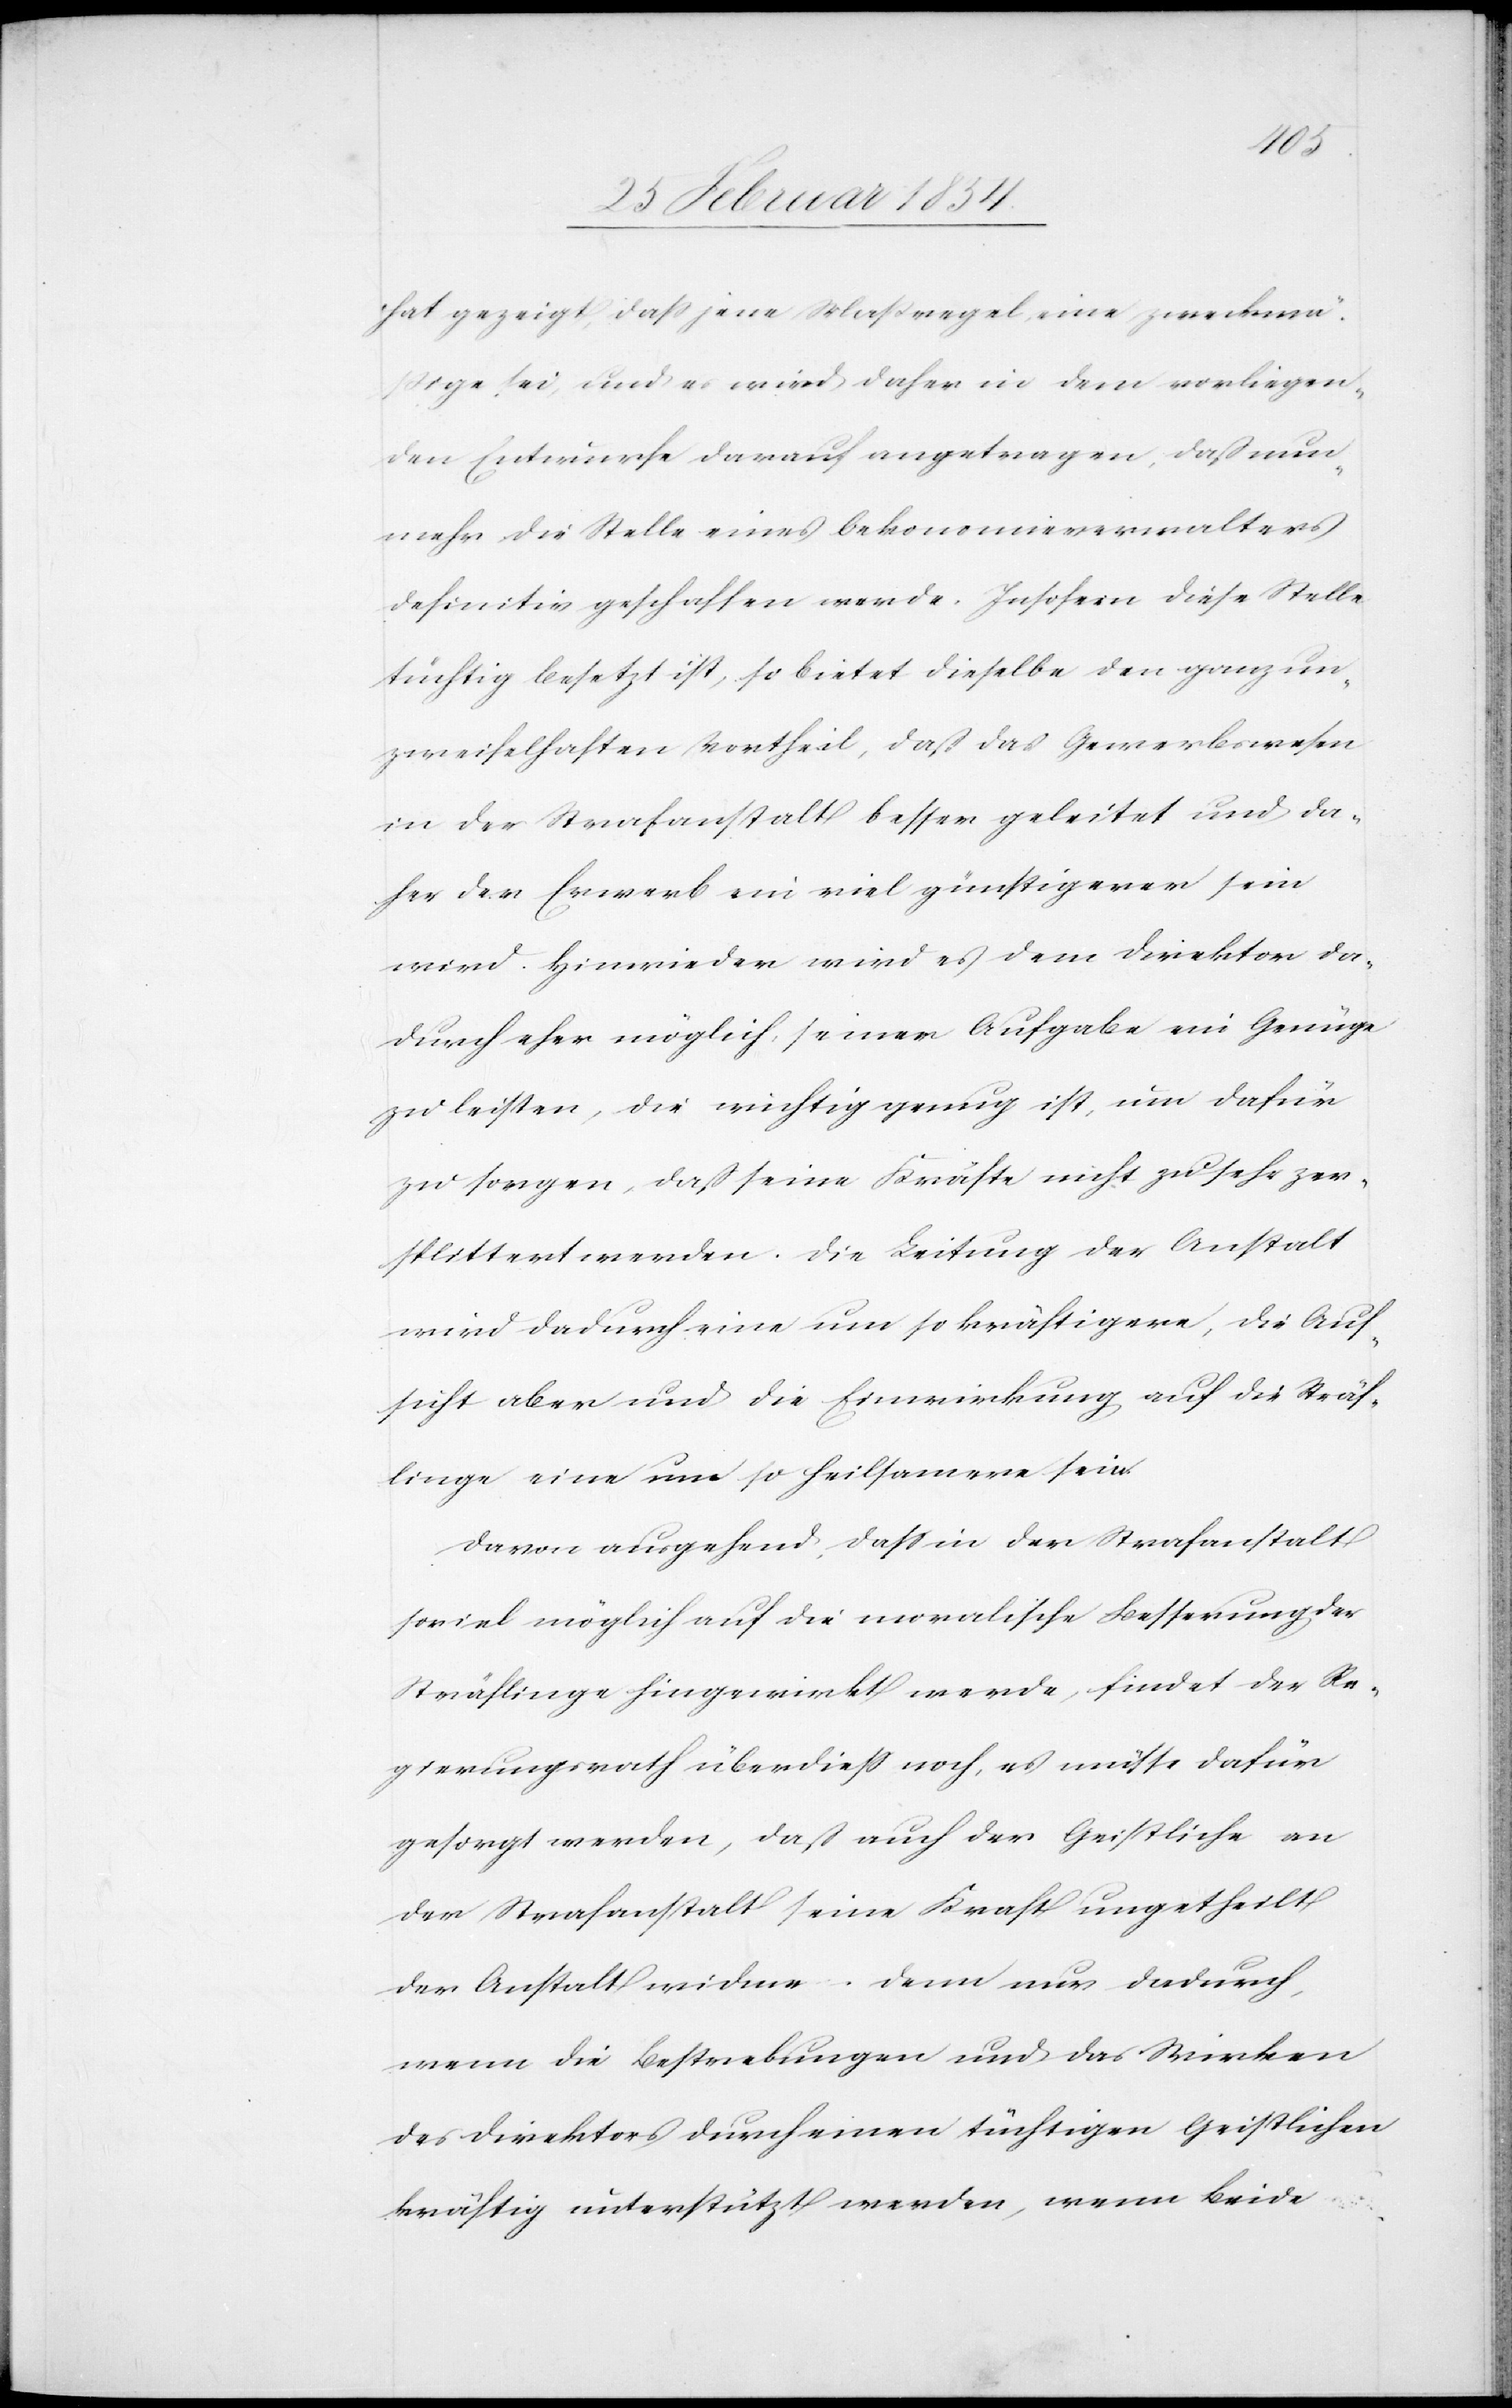
hat gezeigt, daß jene Maßregel eine zweckmä¬
ßige sei, und es wird daher in dem vorliegen¬
den Entwurfe darauf angetragen, daß nun¬
mehr die Stelle eines Oekonomieverwalters
definitiv geschaffen werde. Insofern diese Stelle
tüchtig besetzt ist, so bietet dieselbe den ganz un¬
zweifelhaften Vortheil, daß das Gewerbswesen
in der Strafanstalt besser geleistet und da¬
her der Erwerb ein viel günstigerer sein
wird. Hinwieder wird es dem Direktor da¬
durch eher möglich, seiner Aufgabe ein Genüge
zu leisten, die wichtig genug ist, um dafür
zu sorgen, daß seine Kräfte nicht zu sehr zer¬
splittert werden. Die Leistung der Anstalt
wird dadurch eine um so kräftigere, die Auf¬
sicht aber und die Einwirkung auf die Sträf¬
linge eine um so heilsamere sein.
Davon ausgehend, daß in der Strafanstalt
soviel möglich auf die moralische Besserung der
Sträflinge hingewirkt werde, findet der Re¬
gierungsrath überdieß noch, es müsse dafür
gesorgt werden, daß auch der Geistliche an
der Strafanstalt seine Kraft ungetheilt
der Anstalt widme – dem nur dadurch,
wenn die Bestrebungen und das Wirken
des Direktors durch einen tüchtigen Geistlichen
kräftig unterstützt werden, wenn beide